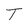
Character: T